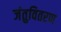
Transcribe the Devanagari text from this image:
जंतुवितरण